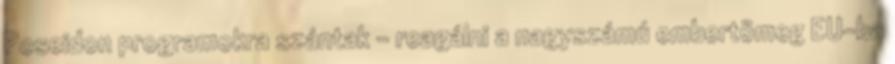
Poseidon programokra szántak - reagálni a nagyszámú embertömeg EU-ba